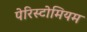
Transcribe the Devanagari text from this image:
पेरिस्टोमियम